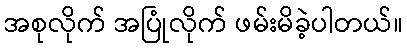
အစုလိုက် အပြုံလိုက် ဖမ်းမိခဲ့ပါတယ်။